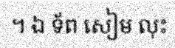
។ ឯ ទ័ព សៀម លុះ